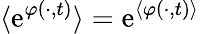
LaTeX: \langle\mathrm{e}^{\varphi(\cdot,t)}\rangle=\mathrm{e}^{\langle\varphi(\cdot,t)\rangle}